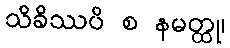
သိခိဿပိ စ နမတ္ထု၊